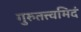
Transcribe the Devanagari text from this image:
गुरुतत्त्वमिदं